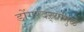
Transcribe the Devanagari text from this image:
डोंगरदऱ्यांमुळे